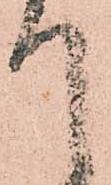
て